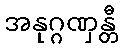
အနုဂ္ဂဏှန္တီ